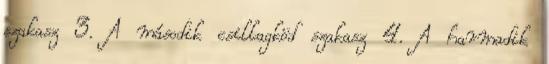
szakasz 3. A második csillagköd szakasz 4. A harmadik